画像に写った文字を読んでください
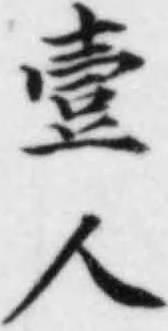
「壹人」と書いてあります